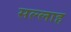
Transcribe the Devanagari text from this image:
सल्लाह